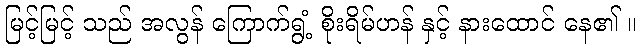
မြင့်မြင့် သည် အလွန် ကြောက်ရွံ့ စိုးရိမ်ဟန် နှင့် နားထောင် နေ၏ ။